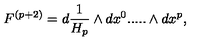
F ^ { ( p + 2 ) } = d { \frac { 1 } { H _ { p } } } \wedge d x ^ { 0 } . . . . . \wedge d x ^ { p } ,